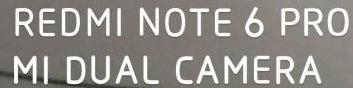
REDMI NOTE 6 PRO
MI DUAL CAMERA